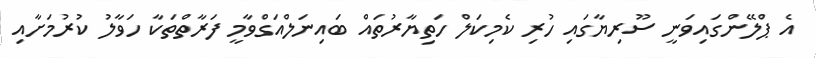
އެ ޕްލޭންގައިވަނީ ސޫރިޔާގައި ހުރި ކެމިކަލް ހަތިޔާރުތައް ބައިނަލްއަގްވާމީ ފަރާތްތަކާ ހަވާލު ކުރުމަށާއި